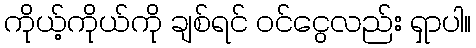
ကိုယ့်ကိုယ်ကို ချစ်ရင် ဝင်ငွေလည်း ရှာပါ။